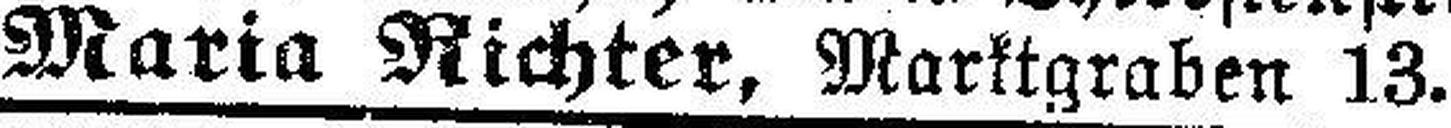
Maria Richter, Marktgraben 13.